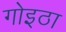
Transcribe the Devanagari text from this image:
गोइठा